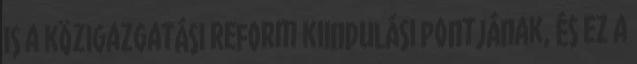
is a közigazgatási reform kiindulási pontjának, és ez a